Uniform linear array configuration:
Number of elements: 12
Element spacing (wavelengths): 0.25
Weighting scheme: hamming
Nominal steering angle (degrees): -45
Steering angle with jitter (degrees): -45.994
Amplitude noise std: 0.05
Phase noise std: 0.05

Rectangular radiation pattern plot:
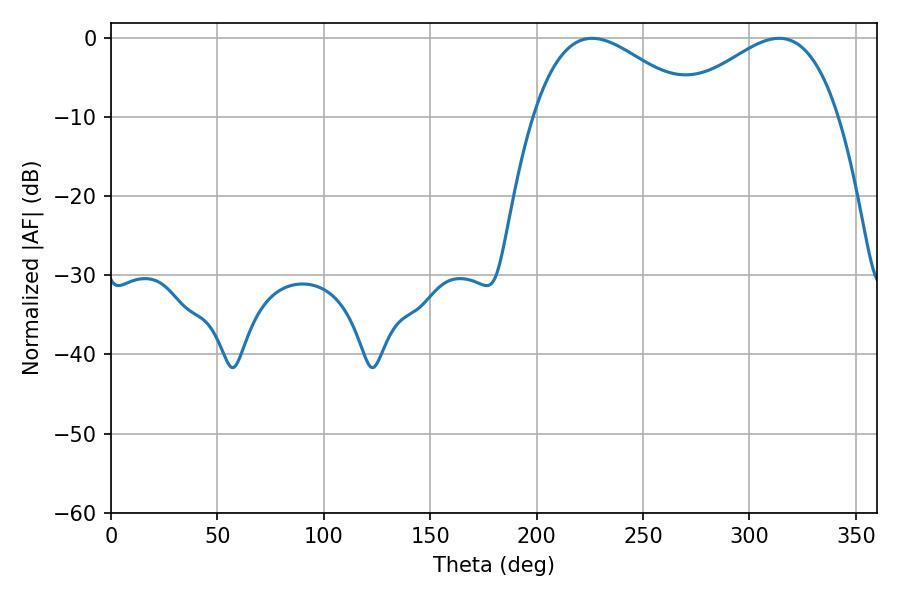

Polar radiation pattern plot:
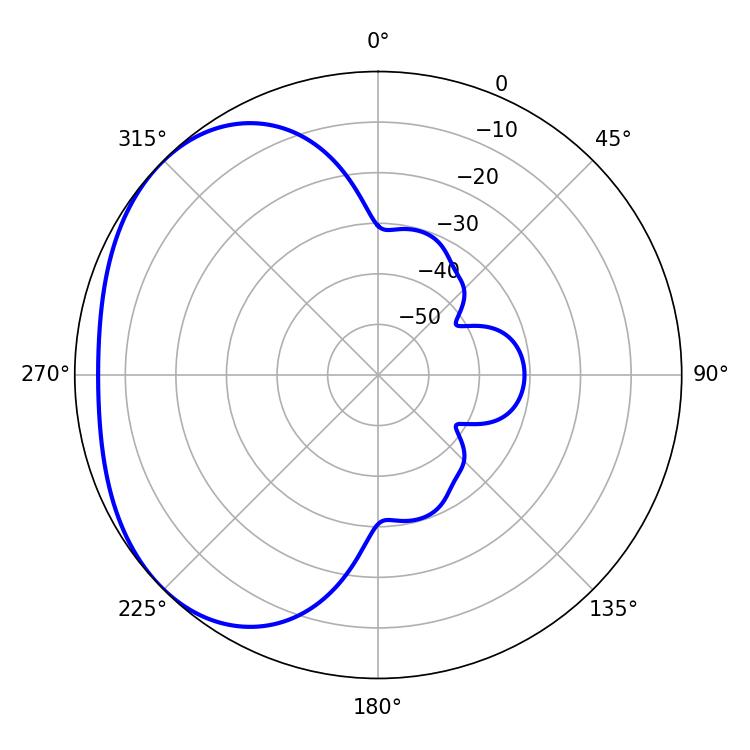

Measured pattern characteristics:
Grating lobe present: FALSE
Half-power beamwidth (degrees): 41.76
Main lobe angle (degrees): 226.08